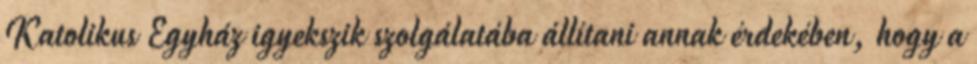
Katolikus Egyház igyekszik szolgálatába állítani annak érdekében, hogy a